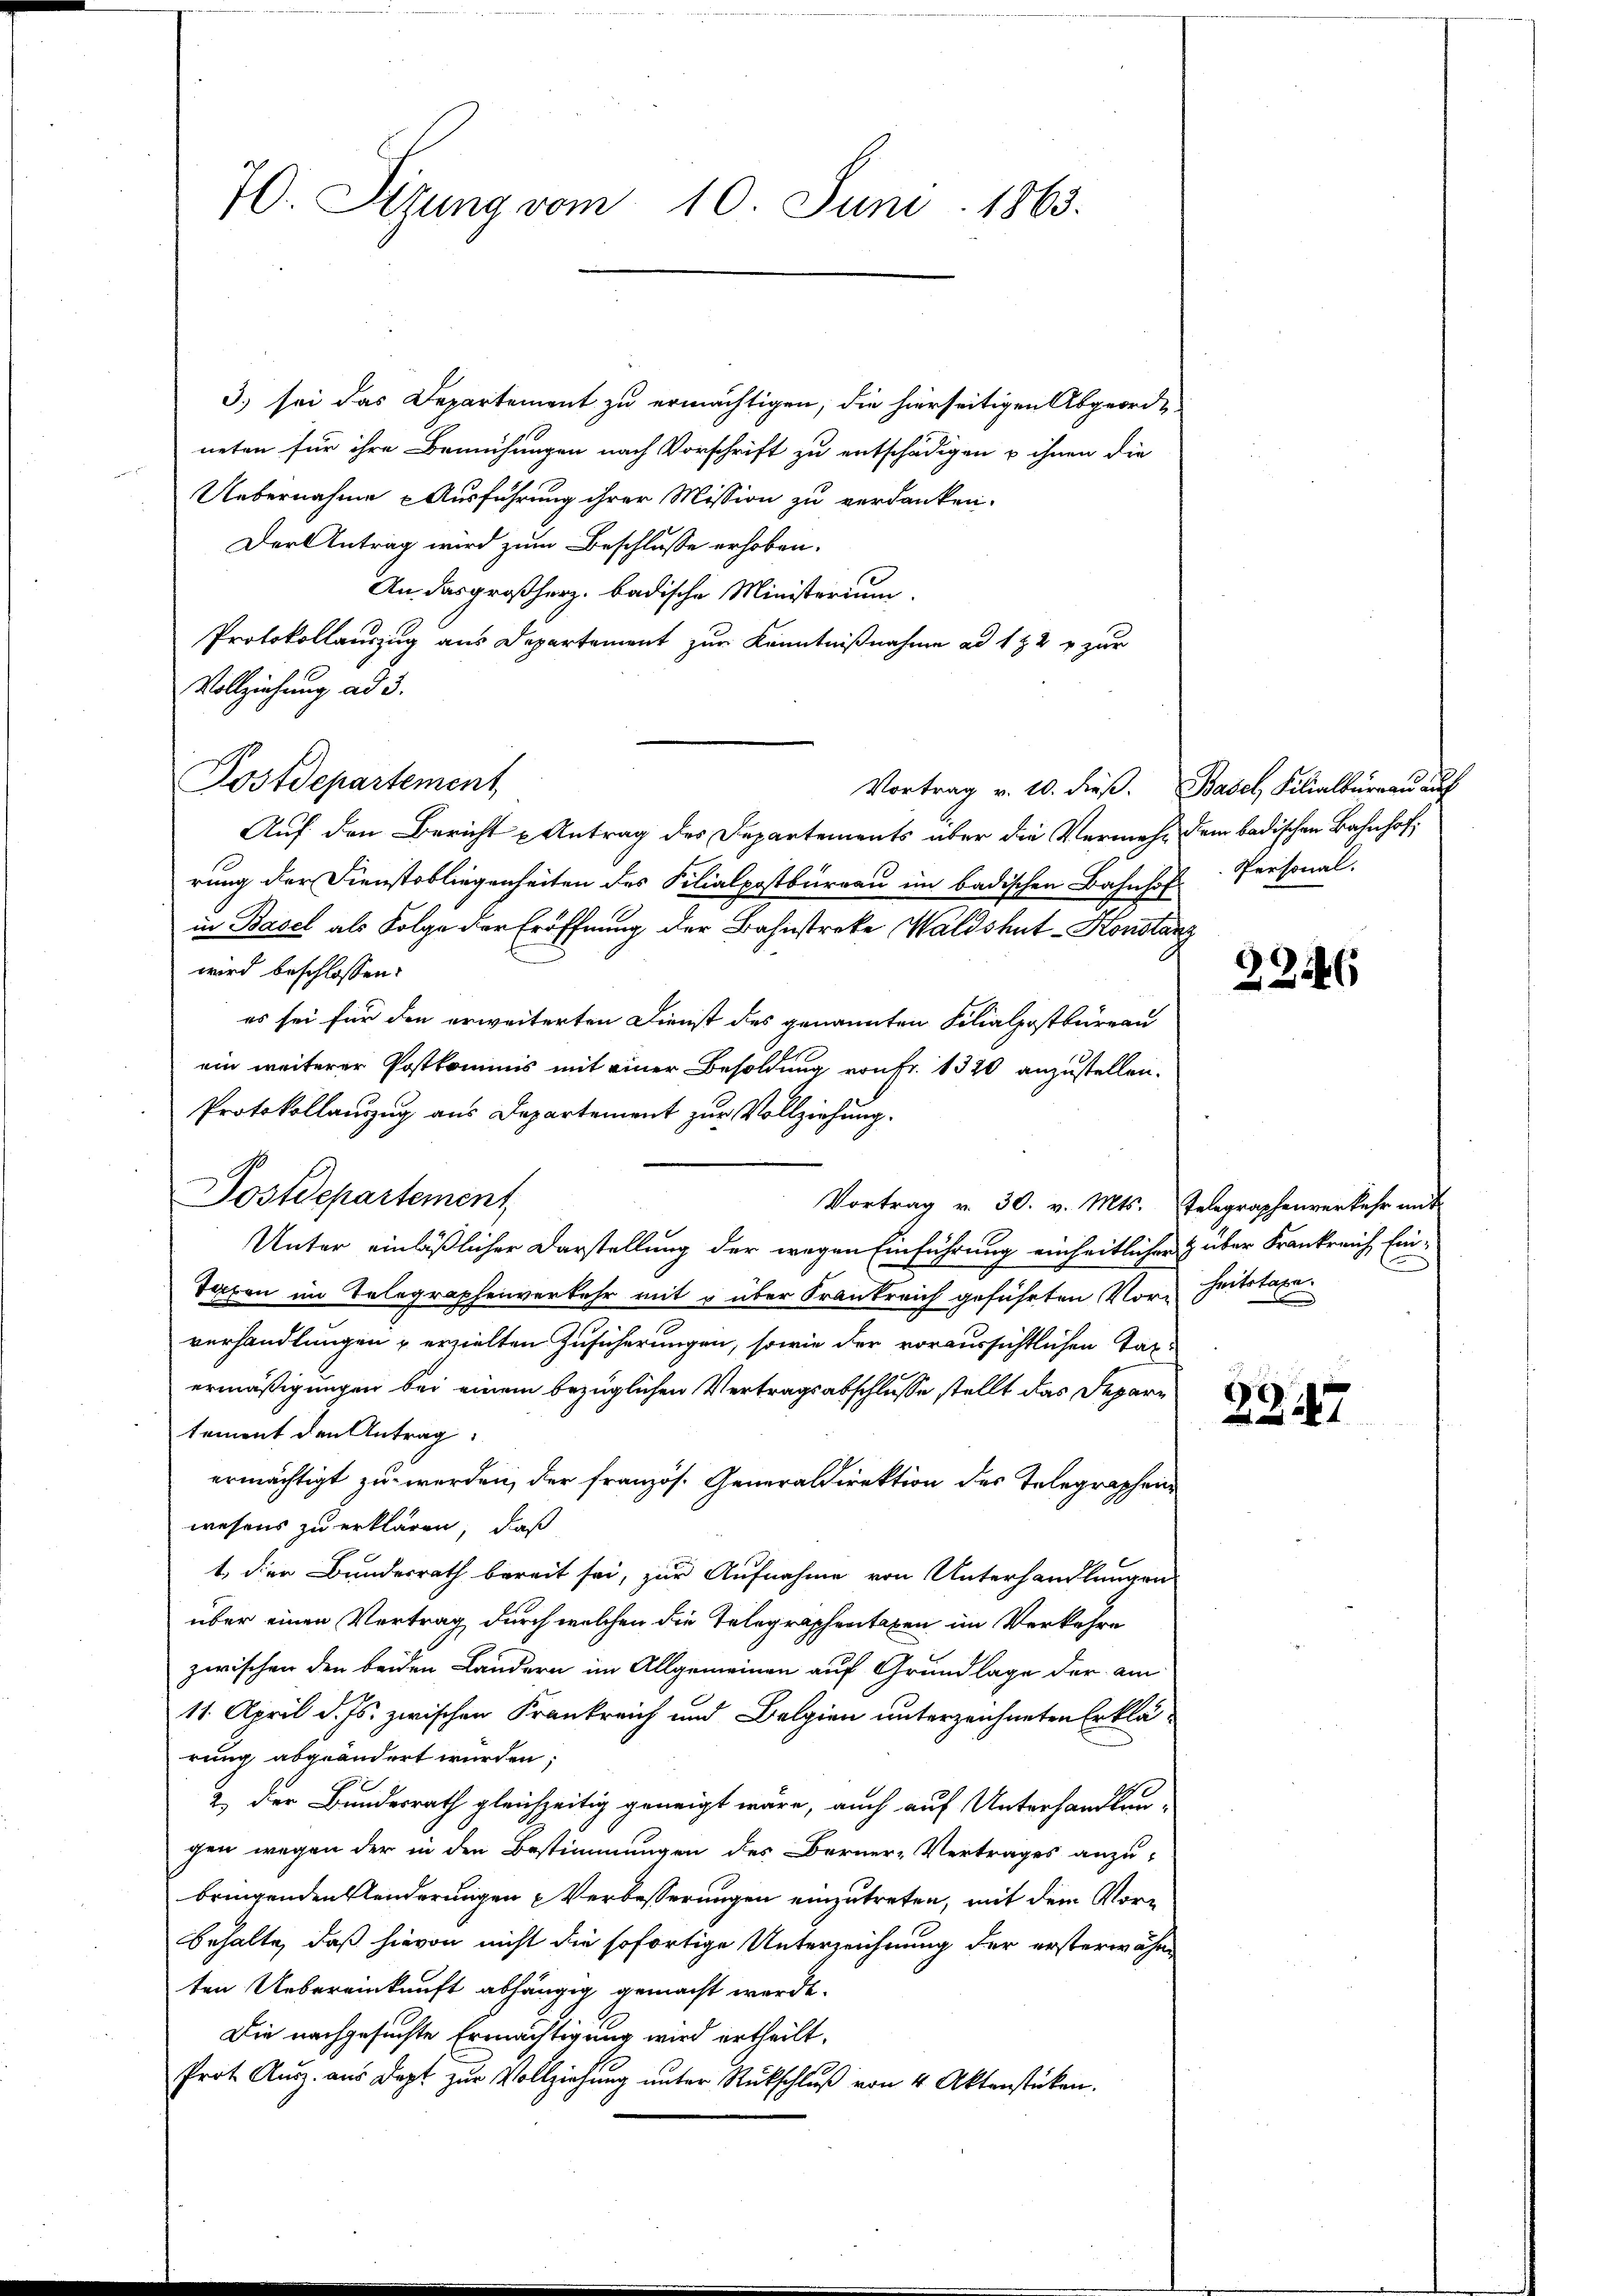
70. Situng vom 10. Juni 1863.

3.) sei das Departement zu ermächtigen, die hierseitigen Abgeordneten für ihre Bemühungen nach Vorschrift zu entschädigen u ihnen die
Uebernahme - Ausführung ihrer Mission zu verdanken.
Der Antrag wird zum Beschlusse erhoben.
An das großherz. badische Ministerium.
Protokollauszug aus Departement zur Kenntnißnahme ad 1 ½ 2 u zur
Vollziehung ad 3.
Vortrag v. 10. dieβ. Basel, Filialbüreau auch
Auf den Bericht u Antrag des Departements aber die Vermehr dem badischen Bahnhof,
rung der Dienstobliegenheiten des Filialpostbüreau im badischen Bahnhof. Personal-
in Basel als Folge der Eröffnung der Bahnstreke Waldshut-Konstanz
wird beschlossen:
es sei für den erweiterten Dienst des genannten Filialpostbureau
ein weiterer Postkommis mit einer Besoldung von Fr. 1320 anzustellen.
Protokollauszug aus Departement zur Vollziehung.
Vortrag v. 30. v. Mts. Telegraphenverkehr mit
Unter einläßlicher Darstellung der wegen Einführung einheitlicher z über Frankreich Ein¬
Taten im Telegraphenverkehr mit 5 über Frankreich geführten Vorheitstaxe.
verhandlungen u erzielten Zusicherungen, sowie der voraussichtlichen Tagermäßigungen bei einem bezüglichen Vertragsabschlusse stellt das Departement den Antrag:
ermächtigt zu werden, der französ. Generaldirektion des Telegraphenwesens zu erklären, daß
t. der Bundesrath bereit sei, zur Aufnahme von Unterhandlungen
über einen Vertrag durch welchen die Telegraphentaxen im Verkehre
zwischen den beiden Landern im Allgemeinen auf Grundlage der am
11. April d. Js. zwischen Frankreich und Belgien unterzeichneten Erklärung abgeändert wurden;
2. Der Bundesrath gleichzeitig geneigt wäre, auch auf Unterhandlungen wegen der in den Bestimmungen des Berner-Vertrages anzu-
bringenden Aenderungen Verbesserungen einzutreten, mit dem Vorbehalte, daß hievon nicht die sofortige Unterzeichnung der ersterwähnten Uebereinkunft abhängig gemacht werde.
Die nachgesuchte Ermächtigung wird ertheilt,
Prot. Aŭsz. aus Dept zŭr Vollziehŭng ŭnter Rückschlŭβ von 4 Aktenstücken.

Postdepartement

Postdepartement

2246

2347